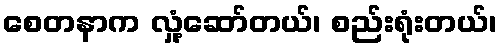
စေတနာက လှုံ့ဆော်တယ်၊ စည်းရုံးတယ်၊